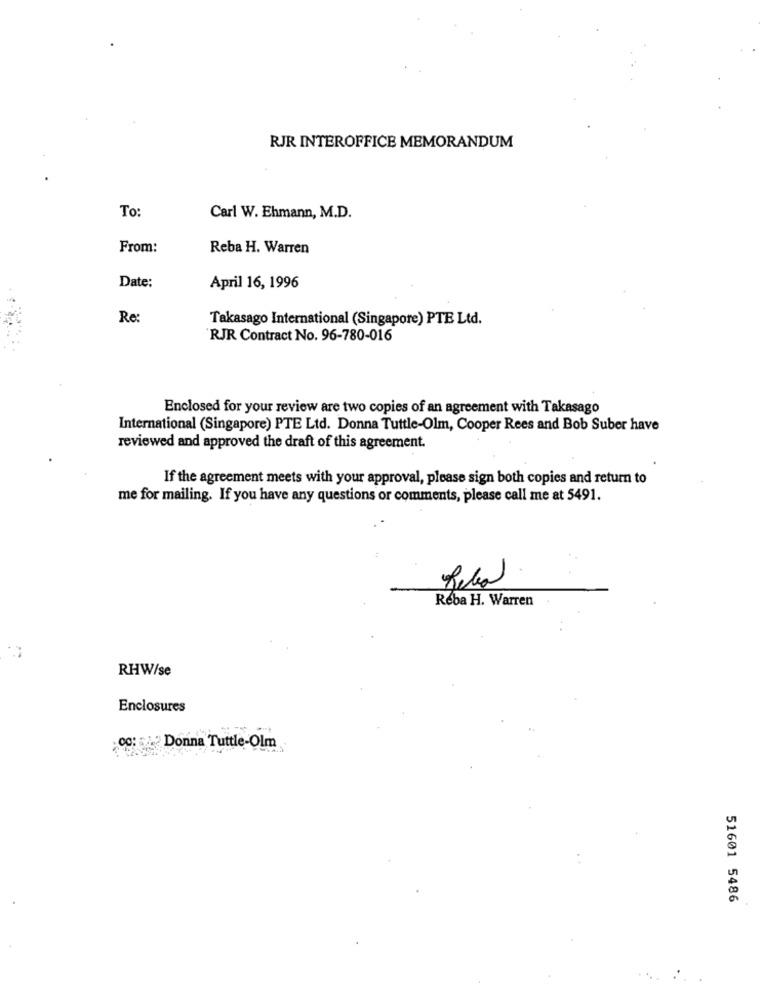
RJR INTEROFFICE MEMORANDUM
To:
Carl W. Ehmann, M.D.
From:
Reba H. Warren
Date:
April 16, 1996
Re:
Takasago International (Singapore) PTE Ltd.
RJR Contract No. 96-780-016
Enclosed for your review are two copies of an agreement with Takasago
International (Singapore) PTE Ltd. Donna Tuttle-Olm, Cooper Rees and Bob Suber have
reviewed and approved the draft of this agreement.
If the agreement meets with your approval, please sign both copies and return to
me for mailing. If you have any questions or comments, please call me at 5491.
Réba H. Warren
RHW/se
Enclosures
CC: "Donna Tuttle-Olm
51601 5486